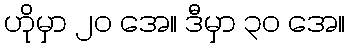
ဟိုမှာ ၂၀ အေ။ ဒီမှာ ၃၀ အေ။